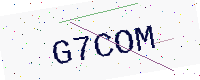
Text: G7COM